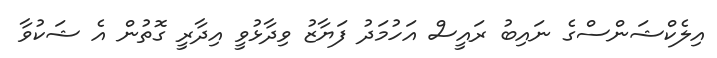
އިލެކްޝަންސްގެ ނައިބު ރައީސް އަހުމަދު ފަޔާޒު ވިދާޅުވީ އިދާރީ ގޮތުން އެ ޝަކުވާ